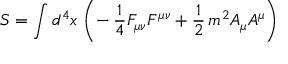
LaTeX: S = \int d ^ { 4 } x \, \left( - \, \frac { 1 } { 4 } F _ { \mu \nu } F ^ { \mu \nu } + \frac { 1 } { 2 } \, m ^ { 2 } A _ { \mu } A ^ { \mu } \right)